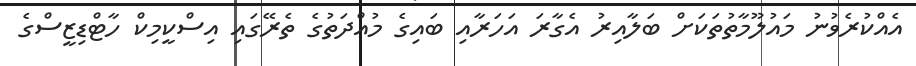
އެއްކުރެވުނު މައުލޫމާތުތަކަށް ބަލާއިރު އެގާރަ އަހަރާއި ބައިގެ މުއްދަތުގެ ތެރޭގައި އިސްކީމިކް ހާޓްޑިޒީސްގެ